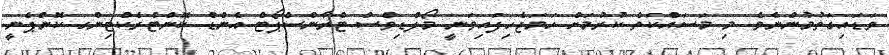
ވަޑައިގަތުމުންނެވެ. މި މަސައްކަތް ކުރުމަށް ހަމަޖެހިފައިވަނީ މޯލްޑިވްސް ޓްރާންސްޕޯޓް އެންޑް ކޮންޓްރެކްޓިންގ ކޮންޕެނީ